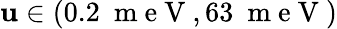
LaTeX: \mathbf{u}\in(0.2~\mathrm{{~m~e~V~}},63~\mathrm{{~m~e~V~}})